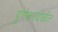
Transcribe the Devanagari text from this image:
पुणेकरदेखील